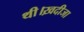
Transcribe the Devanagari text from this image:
थी।ख़दीजा